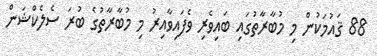
88 ޤައުމަކުން މި މުބާރާތުގައި ބައިވެރި ވެފައިވާއިރު މި މުބާރާތުގެ ބުރަ ސެލެކްޝަން